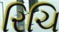
રિચિ